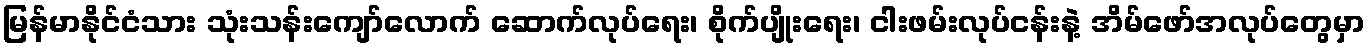
မြန်မာနိုင်ငံသား သုံးသန်းကျော်လောက် ဆောက်လုပ်ရေး၊ စိုက်ပျိုးရေး၊ ငါးဖမ်းလုပ်ငန်းနဲ့ အိမ်ဖော်အလုပ်တွေမှာ